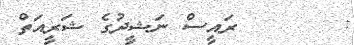
:       ރައީސް ނަޝީދުގެ ޝަރީއަތް